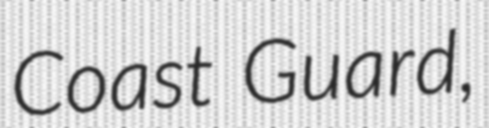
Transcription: Coast Guard,